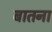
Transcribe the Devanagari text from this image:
बातना